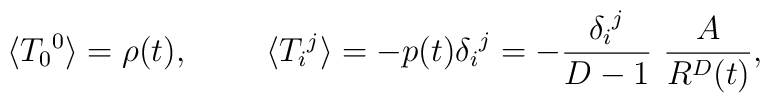
\langle{T_ 0}^0\rangle =\rho(t),~~~~~~~ \langle {T_i }^j \rangle = -p(t){\delta_i} ^j= - { {\delta_i}^j \over D-1} ~{A\over R^D(t)},